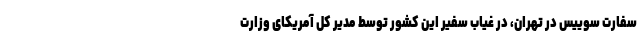
سفارت سوییس در تهران، در غیاب سفیر این کشور توسط مدیر کل آمریکای وزارت